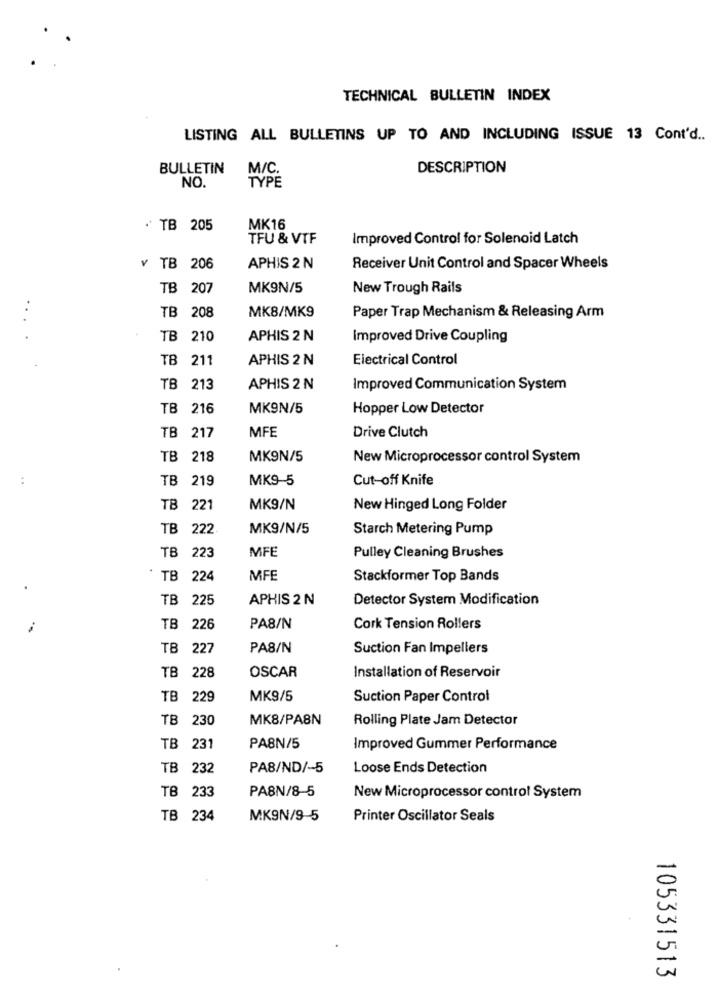
TECHNICAL BULLETIN INDEX
LISTING ALL BULLETINS UP TO AND INCLUDING ISSUE 13 Cont'd ..
BULLETIN
M/C.
DESCRIPTION
TYPE
NO.
" TB 205
MK16
TFU & VTF
Improved Control for Solenoid Latch
v TB 206
APHIS 2 N
Receiver Unit Control and Spacer Wheels
TB 207
MK9N/5
New Trough Rails
..
TB 208
MK8/MK9
Paper Trap Mechanism & Releasing Arm
TB 210
APHIS 2 N
Improved Drive Coupling
TB 211
APHIS 2 N
Electrical Control
TB 213
APHIS 2 N
Improved Communication System
TB 216
MK9N/5
Hopper Low Detector
Drive Clutch
TB 217
MFE
TB 218
MK9N/5
New Microprocessor control System
:
TB 219
MK9-5
Cut-off Knife
TB 221
MK9/N
New Hinged Long Folder
TB 222
MK9/N/5
Starch Metering Pump
MFE
TB 223
Pulley Cleaning Brushes
TB 224
MFE
Stackformer Top Bands
TB 225
APHIS 2 N
Detector System Modification
TB 226
PA8/N
Cork Tension Rollers
TB
227
PA8/N
Suction Fan Impellers
OSCAR
TB 228
Installation of Reservoir
TB 229
MK9/5
Suction Paper Control
TB 230
MK8/PABN
Rolling Plate Jam Detector
TB 231
PA8N/5
Improved Gummer Performance
TB 232
PA8/ND/-5
Loose Ends Detection
TB 233
PA8N/8-5
New Microprocessor control System
TB 234
MK9N/9-5
Printer Oscillator Seals
105331513